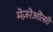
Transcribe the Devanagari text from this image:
मेज़रेओंत्सी